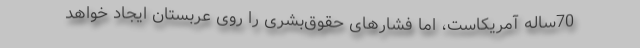
70‌ساله آمریکاست، اما فشارهای حقوق‌بشری را روی عربستان ایجاد خواهد